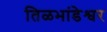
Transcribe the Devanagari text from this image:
तिळभांडेश्वर